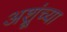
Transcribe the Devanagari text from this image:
अश्रूंच्या